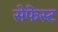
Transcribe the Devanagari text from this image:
सेफेस्ट